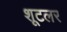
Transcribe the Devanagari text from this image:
शूटलर